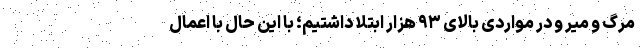
مرگ و میر و در مواردی بالای ۹۳ هزار ابتلا داشتیم؛ با این حال با اعمال